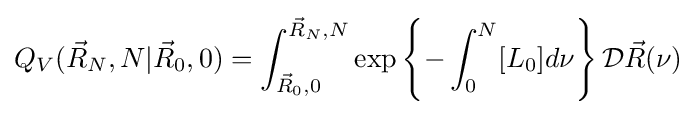
Q_{V}({\vec {R}}_{N},N|{\vec {R}}_{0},0)=\int _{{\vec {R}}_{0},0}^{{\vec {R}}_{N},N}\exp \left\{-\int _{0}^{N}[L_{0}]d\nu \right\}{\mathcal {D}}{\vec {R}}(\nu )